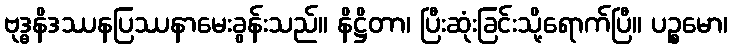
ဗုဒ္ဓနိဒဿနပြဿနာမေးခွန်းသည်။ နိဋ္ဌိတာ၊ ပြီးဆုံးခြင်းသို့ရောက်ပြီ။ ပဉ္စမော၊